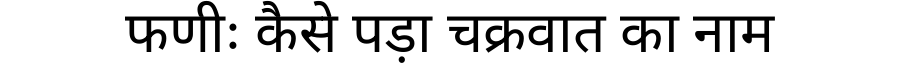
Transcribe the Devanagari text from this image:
फणीः कैसे पड़ा चक्रवात का नाम